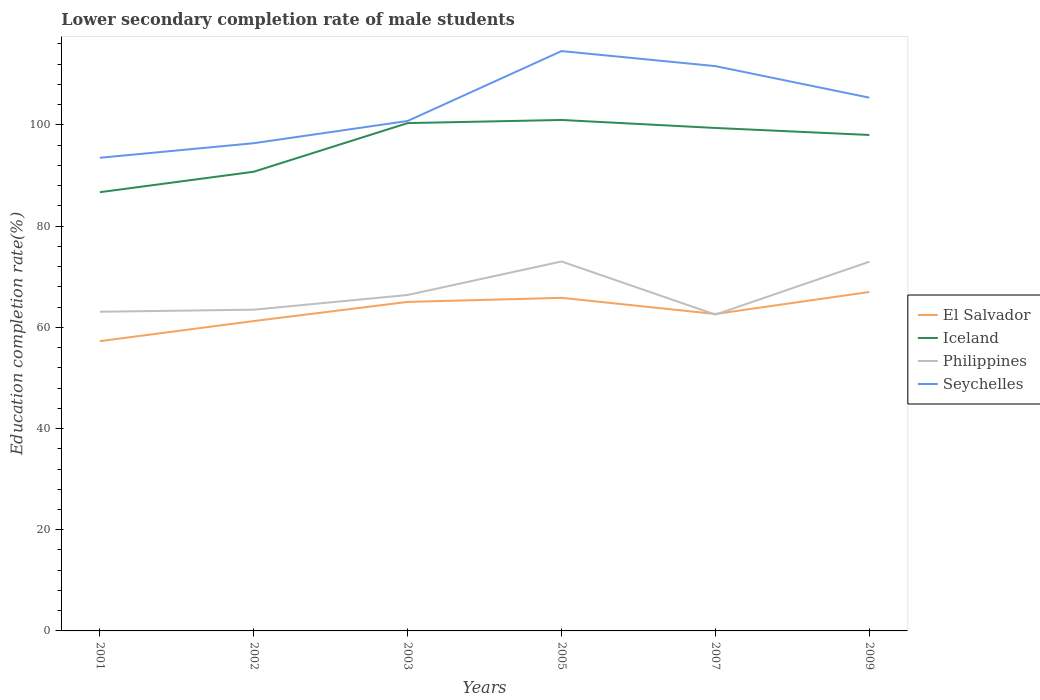
| Years | El Salvador | Iceland | Philippines | Seychelles |
 | --- | --- | --- | --- | --- |
 | 2001 | 57.3 | 86.7 | 63.1 | 93.5 |
 | 2002 | 61.2 | 90.8 | 63.5 | 96.4 |
 | 2003 | 65 | 100 | 66.4 | 101 |
 | 2005 | 65.8 | 101 | 73 | 115 |
 | 2007 | 62.6 | 99.4 | 62.5 | 112 |
 | 2009 | 67 | 98 | 73 | 105 |